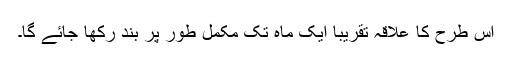
اس طرح کا علاقہ تقریبا ایک ماہ تک مکمل طور پر بند رکھا جائے گا۔